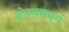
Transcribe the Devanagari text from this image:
वोल्फ़्सबर्ग